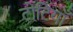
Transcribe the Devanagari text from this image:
टोटियाँ